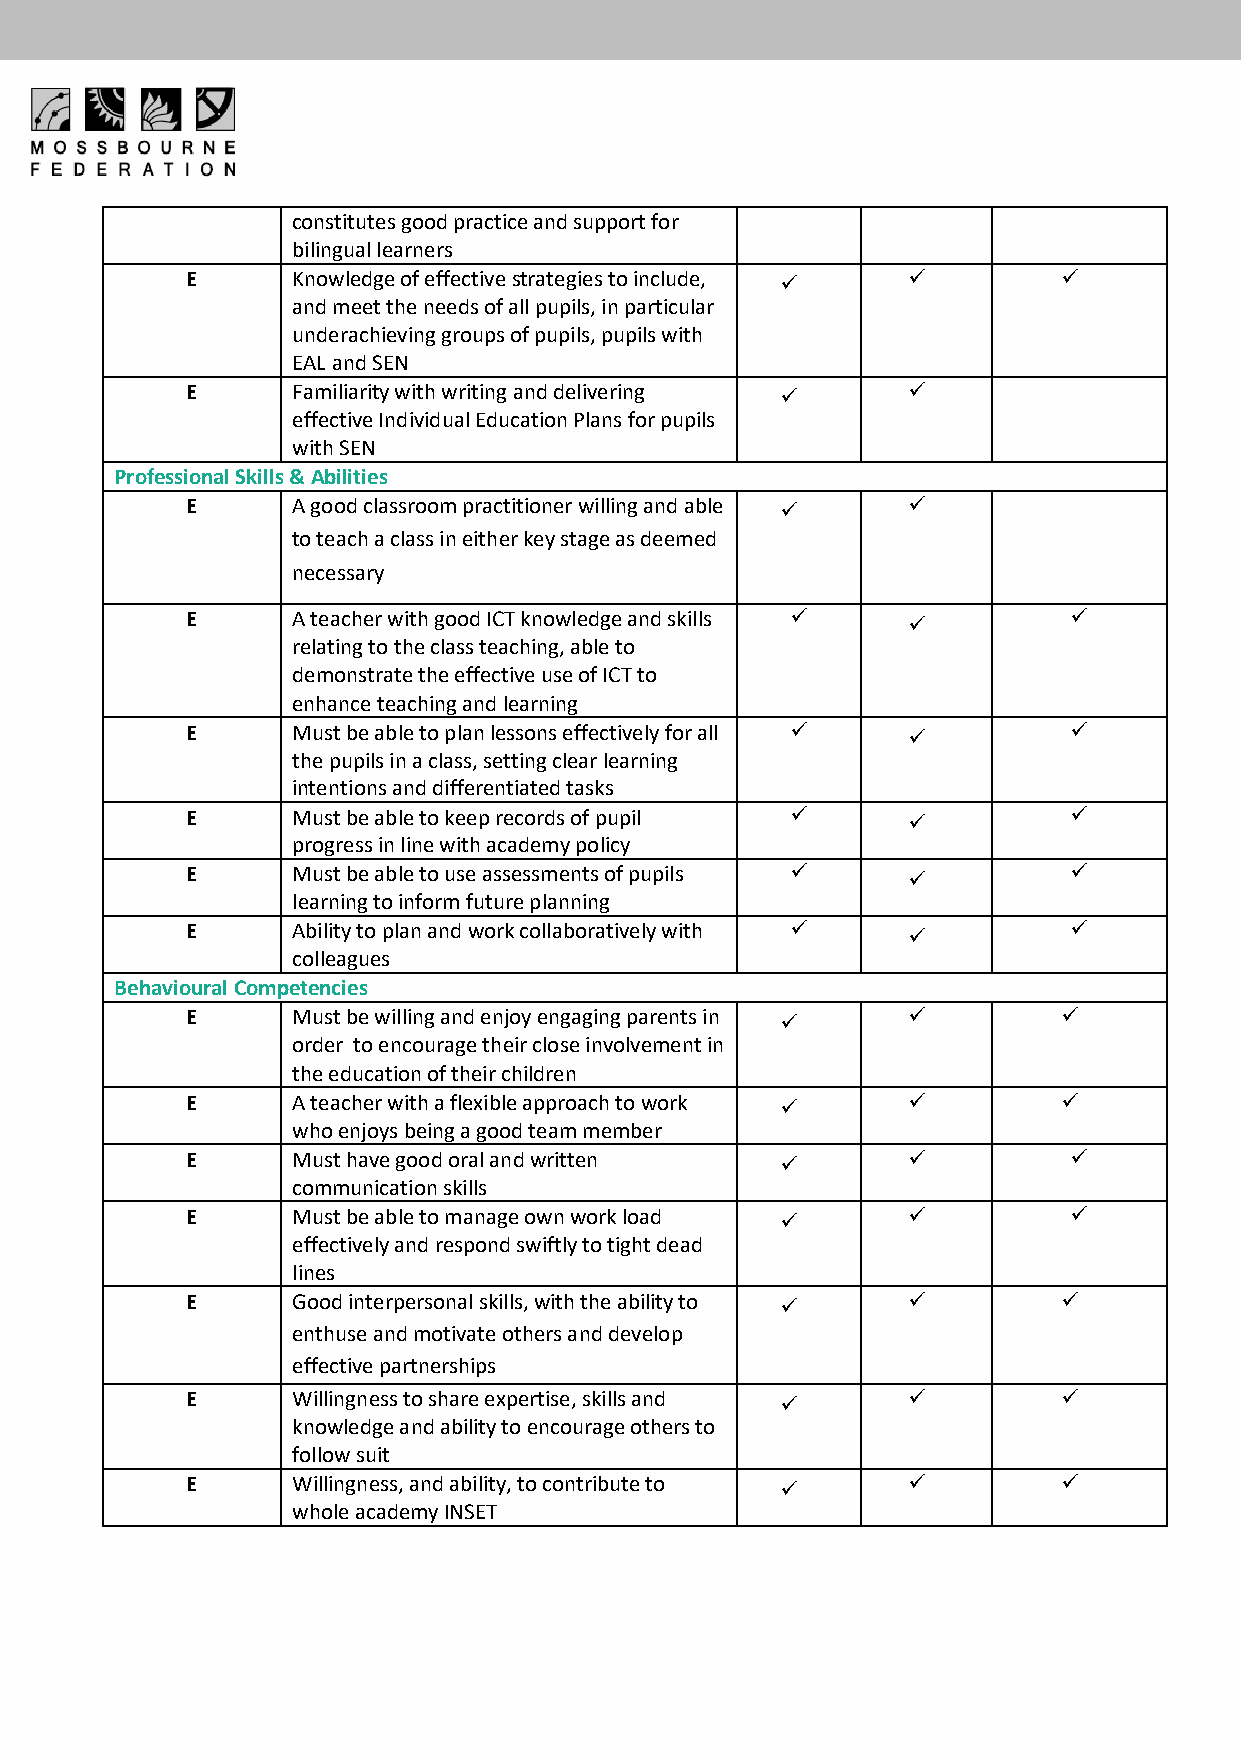
constitutes good practice and support for
 bilingual learners
 E      Knowledge of effective strategies to include, ✓ ✓  ✓
 and meet the needs of all pupils, in particular
 underachieving groups of pupils, pupils with
 EAL and SEN
 E      Familiarity with writing and delivering ✓ ✓
 effective Individual Education Plans for pupils
 with SEN
 Professional Skills & Abilities
 E      A good classroom practitioner willing and able ✓ ✓
 to teach a class in either key stage as deemed
 necessary
 E      A teacher with good ICT knowledge and skills ✓ ✓    ✓
 relating to the class teaching, able to
 demonstrate the effective use of ICT to
 enhance teaching and learning
 E      Must be able to plan lessons effectively for all ✓ ✓ ✓
 the pupils in a class, setting clear learning
 intentions and differentiated tasks
 E      Must be able to keep records of pupil ✓  ✓          ✓
 progress in line with academy policy
 E      Must be able to use assessments of pupils ✓ ✓       ✓
 learning to inform future planning
 E      Ability to plan and work collaboratively with ✓ ✓   ✓
 colleagues
 Behavioural Competencies
 E      Must be willing and enjoy engaging parents in ✓ ✓  ✓
 order to encourage their close involvement in
 the education of their children
 E      A teacher with a flexible approach to work ✓ ✓     ✓
 who enjoys being a good team member
 E      Must have good oral and written  ✓       ✓          ✓
 communication skills
 E      Must be able to manage own work load ✓   ✓          ✓
 effectively and respond swiftly to tight dead
 lines
 E      Good interpersonal skills, with the ability to ✓ ✓ ✓
 enthuse and motivate others and develop
 effective partnerships
 E      Willingness to share expertise, skills and ✓ ✓     ✓
 knowledge and ability to encourage others to
 follow suit
 E      Willingness, and ability, to contribute to ✓ ✓     ✓
 whole academy INSET